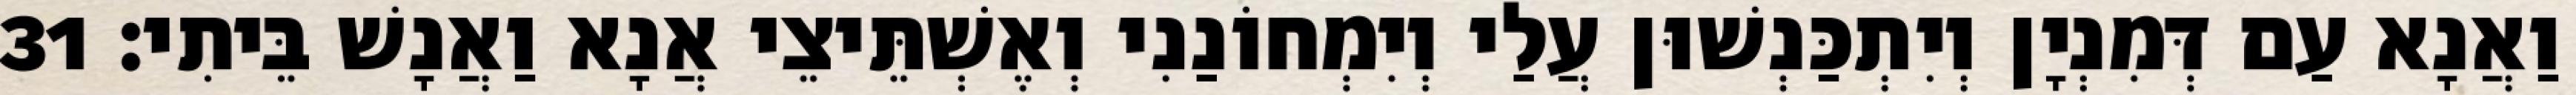
וַאֲנָא עַם דְּמִנְיָן וְיִתְכַּנְשׁוּן עֲלַי וְיִמְחוֹנַנִי וְאֶשְׁתֵּיצֵי אֲנָא וַאֲנָשׁ בֵּיתִי׃ 31